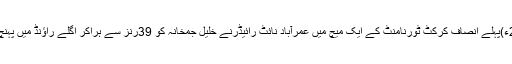
2016ء)پہلے انصاف کرکٹ ٹورنامنٹ کے ایک میچ میں عمرآباد نائٹ رائیڈرنے خلیل جمخانہ کو 39رنز سے ہراکر اگلے راؤنڈ میں پہنچ گئے۔